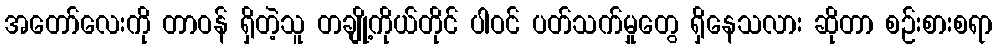
အတော်လေးကို တာဝန် ရှိတဲ့သူ တချို့ကိုယ်တိုင် ပါဝင် ပတ်သက်မှုတွေ ရှိနေသလား ဆိုတာ စဉ်းစားစရာ